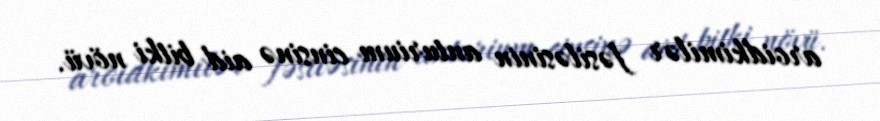
aroidkimilər fəsiləsinin anturium cinsinə aid bitki növü.